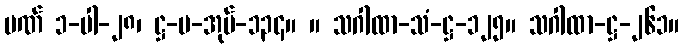
ပဏ် ၁-ပါ-၂၈၊ ဋ္ဌ-ပ-အုပ်-၁၃၄။ ။ သဂါထာ-သံ-ဋ္ဌ-၁၂၅။ သဂါထာ-ဋ္ဌ-၂၆၁။